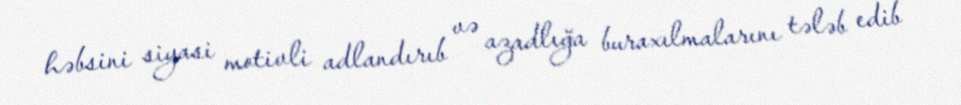
həbsini siyasi motivli adlandırıb və azadlığa buraxılmalarını tələb edib